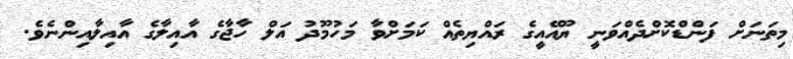
މިތަނަށް ފަންޑްކޮށްދެއްވަނީ ޔޫއޭއީގެ ރައްޔިތެއް ކަމަށްވާ މަހުމޫދު އަލް ހާޖާގެ އާއިލާގެ އާއިލާއިންނެވެ.